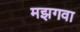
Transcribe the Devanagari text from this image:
मझगवा